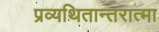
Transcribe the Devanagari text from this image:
प्रव्यथितान्तरात्मा